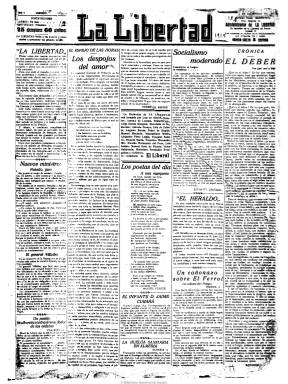
Título: La Libertad (Madrid)
Colección: Periódicos
Ámbito geográfico: Madrid
Lugar de publicación: Madrid
Fechas: 13/12/1919-18/12/1919

Después de cinco días de huelga de la prensa, un nutrido grupo de redactores, administrativos, obreros y repartidores de El Liberal, abandona este diario para fundar La Libertad. Entre estos se encuentra, Luis de Oteyza, que será su director; Antonio de Lezama, su redactor-jefe; Antonio Zozaya y Luis Zulueta, sus principales redactores, y Eduardo Ortega y Gasset, uno de sus principales colaborares. La Libertad será diario de mañana (excepto lunes) como El Liberal, en dura competencia y situándose a la izquierda de este, que integrará la prensa que nace en España tras la primera guerra mundial. Tras aparecer el 13 de diciembre de 1919 y editar sus primeros seis números, la cabecera deja de publicarse temporalmente por orden judicial tras la demanda por “competencia ilícita” interpuesta por El Liberal y firmada por Miguel Moya, al ser La Libertad un diario con la misma imagen y estructura que el diario que habían abandonado sus fundadores. En su lugar se editará temporalmente El Popular, tan similar a La Libertad y a su precedente, para enseguida reaparecer esta para seguir publicándose hasta finales de marzo de 1939, cuando acabe la guerra civil española, después de veinte años de vida de un diario que estará dirigido a la pequeña burguesía y a las clases obreras y que muy pronto se convirtió en el más difundido de Madrid, aunque también con gran difusión en provincias.